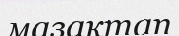
мазақтап